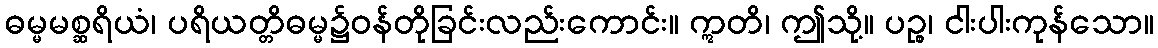
ဓမ္မမစ္ဆရိယံ၊ ပရိယတ္တိဓမ္မ၌ဝန်တိုခြင်းလည်းကောင်း။ ဣတိ၊ ဤသို့။ ပဉ္စ၊ ငါးပါးကုန်သော။